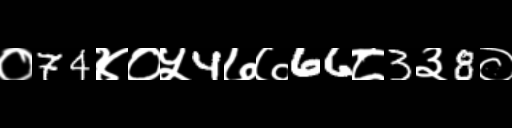
Text: ०74४०५4७७66८3३8०